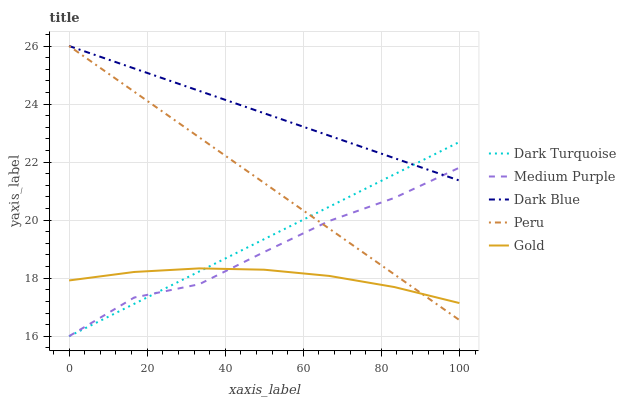
| xaxis_label | Dark Turquoise | Medium Purple | Dark Blue | Peru | Gold |
 | --- | --- | --- | --- | --- | --- |
 | 0 | 16 | 16 | 26 | 26 | 17.9 |
 | 16.7 | 17.1 | 17.3 | 25.2 | 24.4 | 18.2 |
 | 33.3 | 18.2 | 17.8 | 24.5 | 22.9 | 18.3 |
 | 50 | 19.3 | 18.9 | 23.7 | 21.3 | 18.3 |
 | 66.7 | 20.5 | 20 | 22.9 | 19.7 | 18.1 |
 | 83.3 | 21.6 | 20.8 | 22.1 | 18.1 | 17.7 |
 | 100 | 22.7 | 21.8 | 21.4 | 16.6 | 17.1 |